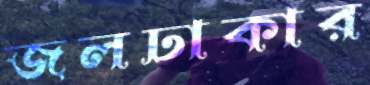
জলঢাকার